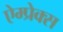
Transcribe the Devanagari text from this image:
ऐम्प्रेक्स